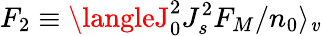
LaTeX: F_{2}\equiv\langleJ_{0}^{2}J_{s}^{2}F_{M}/n_{0}\rangle_{\mathit{v}}